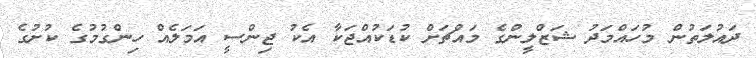
ދައުލަތުން މުހައްމަދު ޝަޒްލީންގެ މައްޗަށް ކުޑަކުއްޖަކާ އެކު ޖިންސީ އަމަލެއް ހިންގުމުގެ ކުށުގެ